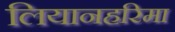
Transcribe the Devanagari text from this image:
लियानहरिमा